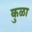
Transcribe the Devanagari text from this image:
कुळा